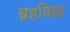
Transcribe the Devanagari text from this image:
ब्रहविद्या